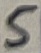
Text: 5